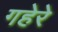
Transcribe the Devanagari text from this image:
गहेरे